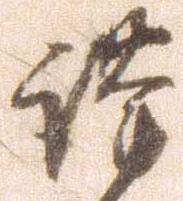
謹